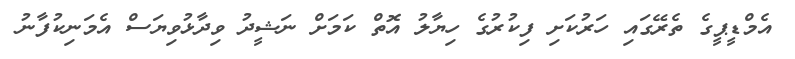
އެމްޑީޕީގެ ތެރޭގައި ހަރުކަށި ފިކުރުގެ ހިޔާލު އޮތް ކަމަށް ނަޝީދު ވިދާޅުވިޔަސް އެމަނިކުފާނު